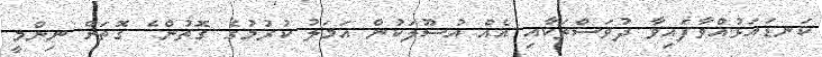
ކަނޑައަޅުއްވާފައިވާ ދުވަސްތަކާއި އެއް އުސޫލަކުން އަމަލު ކުރުމުގެ ގޮތުން ެ ގޮތަށް ނިންމީ